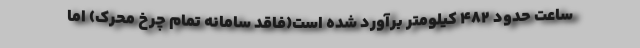
ساعت حدود 482 کیلومتر برآورد شده است(فاقد سامانه تمام چرخ محرک) اما